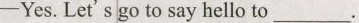
-Yes.Let's go to say hello to ___.